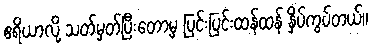
ဧရိယာလို့ သတ်မှတ်ပြီးတော့မှ ပြင်းပြင်းထန်ထန် နှိပ်ကွပ်တယ်။